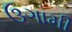
ઉગામી